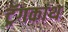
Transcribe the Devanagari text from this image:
ट्रॅगकांथ